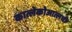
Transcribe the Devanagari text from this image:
कात्लेकोआत्लची